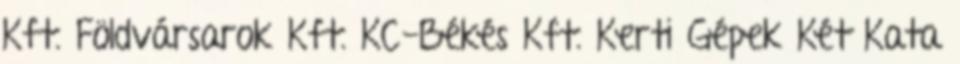
Kft. Földvársarok Kft. KC-Békés Kft. Kerti Gépek Két Kata